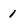
Character: 1